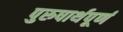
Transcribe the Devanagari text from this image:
पुरुषार्थपूर्ण